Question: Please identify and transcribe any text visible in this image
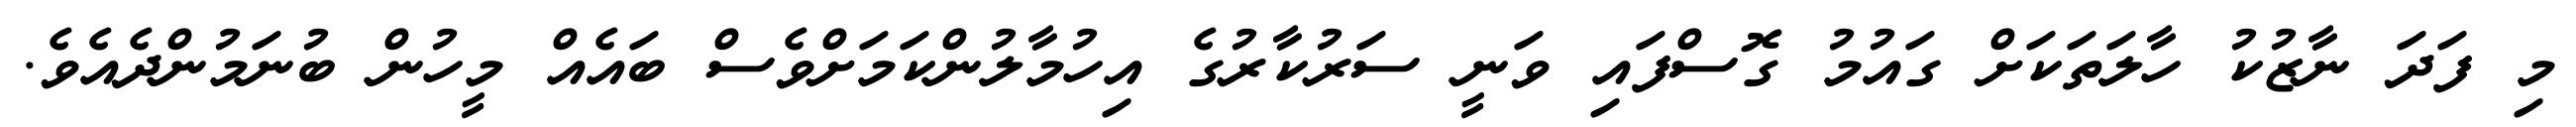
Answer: މި ފަދަ ނާޒުކު ހާލަތަކަށް ގައުމު ގޮސްފައި ވަނީ ސަރުކާރުގެ އިހުމާލުންކަމަށްވެސް ބައެއް މީހުން ބުނަމުންދެއެވެ.